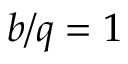
b / q = 1